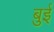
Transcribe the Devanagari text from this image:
बुई